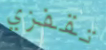
تقفزي